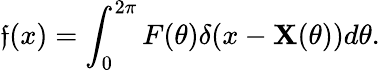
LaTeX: \mathfrak{f}(x)=\int_{0}^{2\pi}F(\theta)\delta(x-\mathbf{X}(\theta))d\theta.